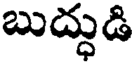
బుద్ధుడి